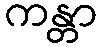
ကန္တာ